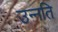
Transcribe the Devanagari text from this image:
उन्‍नति